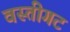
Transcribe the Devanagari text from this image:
वस्तीगट